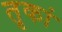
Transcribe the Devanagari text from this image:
तृकां